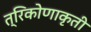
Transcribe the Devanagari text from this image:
त्रिकोणाकृती